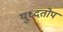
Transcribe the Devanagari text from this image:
युध्दतोप